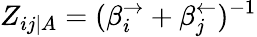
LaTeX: Z_{ij|A}=(\beta_{i}^{\rightarrow}+\beta_{j}^{\leftarrow})^{-1}